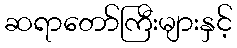
ဆရာတော်ကြီးများနှင့်